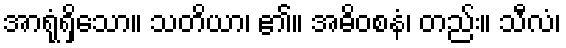
အာရုံရှိသော။ သတိယာ၊ ၏။ အဓိဝစနံ၊ တည်း။ သီလံ၊